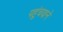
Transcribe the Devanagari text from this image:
पहुंचवाने